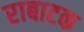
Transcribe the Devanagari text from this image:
राबाटक